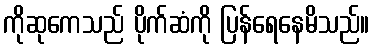
ကိုဆုကေသည် ပိုက်ဆံကို ပြန်ရေနေမိသည်။